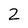
Character: 2